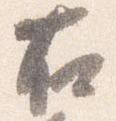
右